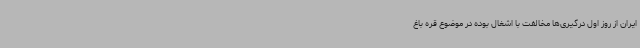
ایران از روز اول درگیری‌ها مخالفت با اشغال بوده در موضوع قره باغ